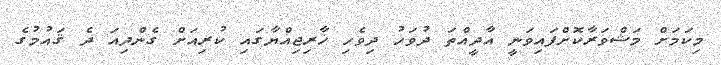
މިކަމަށް މަޝްވަރާކޮށްފައިވަނީ އާދީއްތަ ދުވަހު ދިވެހި ޚާރިޖިއްޔާގައި ކުރިއަށް ގެންދިއަ ދެ ޤައުމުގެ